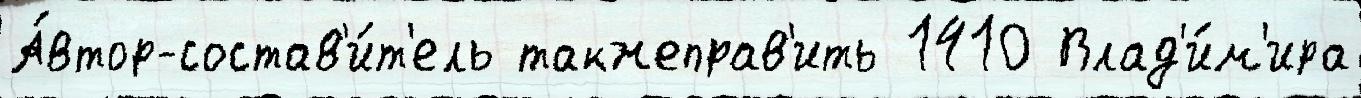
А́втор-состав'и́т'ель такжеправ'ить 1410 Влад'и́м'ира